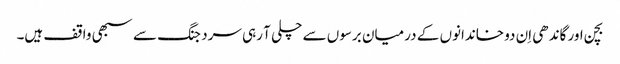
بچن اور گاندھی اِن دو خاندانوں کے درمیان برسوں سے چلی آ رہی سرد جنگ سے سبھی واقف ہیں۔